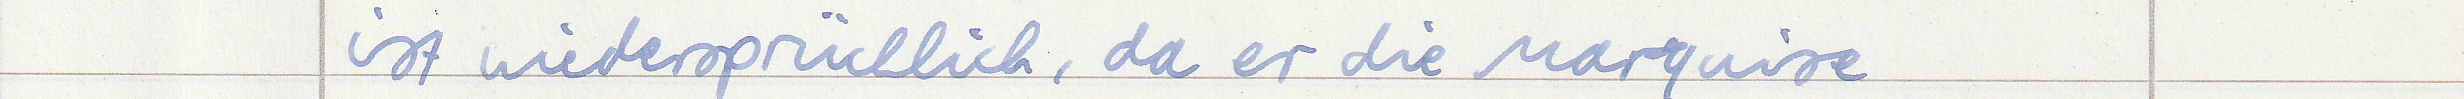
ist wiedersprüchlich, da er die Marquise